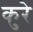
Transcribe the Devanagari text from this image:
कुरे